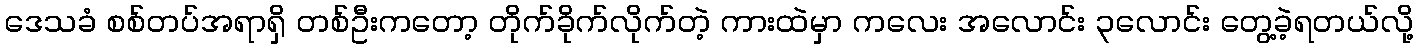
ဒေသခံ စစ်တပ်အရာရှိ တစ်ဦးကတော့ တိုက်ခိုက်လိုက်တဲ့ ကားထဲမှာ ကလေး အလောင်း ၃လောင်း တွေ့ခဲ့ရတယ်လို့